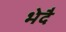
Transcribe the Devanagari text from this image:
भेदै